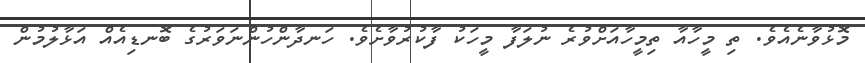
މޮޅުވާނެއެވެ. ތި މީހާއާ ތިމީހާއަށްވުރެ ނުލަފާ މީހަކު ފާކުރުވާށެވެ. ހަނދާންހުންނަވަރުގެ ބޮނޑިއެއް އަޅާލުމުން